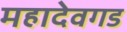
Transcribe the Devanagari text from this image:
महादेवगड